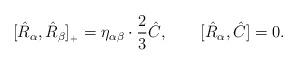
LaTeX: \begin{align*}[\hat{R}_\alpha,\hat{R}_\beta]_{{}_+}=\eta_{\alpha\beta}\cdot\frac{2}{3}\hat{C},\qquad[\hat{R}_\alpha,\hat{C}]=0.\end{align*}